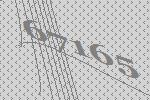
67165